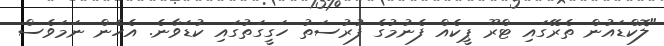
"ލޮކްޑައުން ތެރޭގައި ޓްރޫ ޕީކެއް ފެނުމުގެ ފުރުސަތު ހަގީގަތުގައި ކުޑަވާނެ. އެހެން ނަމަވެސް